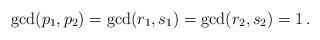
LaTeX: \begin{align*} {\rm gcd}(p_1,p_2)={\rm gcd}(r_1,s_1)={\rm gcd}(r_2,s_2)=1\,. \end{align*}